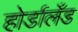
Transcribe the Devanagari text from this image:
होर्डालँड